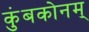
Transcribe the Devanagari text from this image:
कुंबकोनम्